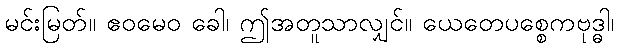
မင်းမြတ်။ ဧဝမေဝ ခေါ၊ ဤအတူသာလျှင်။ ယေတေပစ္စေကဗုဒ္ဓါ၊